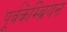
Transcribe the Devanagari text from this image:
पूर्वकेम्ब्रियन